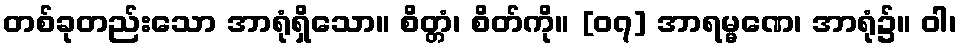
တစ်ခုတည်းသော အာရုံရှိသော။ စိတ္တံ၊ စိတ်ကို။ [၀၇] အာရမ္မဏေ၊ အာရုံ၌။ ဝါ၊